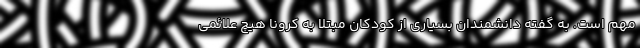
مهم است. به گفته دانشمندان بسیاری از کودکان مبتلا به کرونا هیچ علائمی